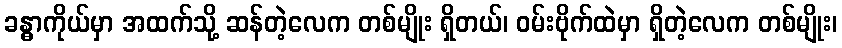
ခန္ဓာကိုယ်မှာ အထက်သို့ ဆန်တဲ့လေက တစ်မျိုး ရှိတယ်၊ ဝမ်းဗိုက်ထဲမှာ ရှိတဲ့လေက တစ်မျိုး၊